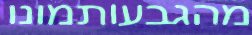
מהגבעותמונו